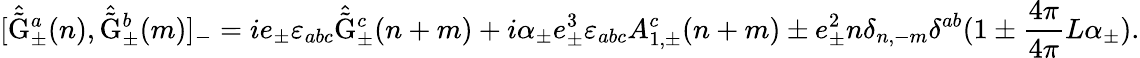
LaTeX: [\hat{\tilde{\mathrm{G}}}_{\pm}^{a}(n),\hat{\tilde{\mathrm{G}}}_{\pm}^{b}(m)]_{-}=ie_{\pm}\varepsilon_{abc}\hat{\tilde{\mathrm{G}}}_{\pm}^{c}(n+m)+i{\alpha}_{\pm}e_{\pm}^{3}\varepsilon_{abc}A_{1,\pm}^{c}(n+m)\pm e_{\pm}^{2}n\delta_{n,-m}\delta^{ab}(1\pm\frac{4\pi}{4\pi}{L}\alpha_{\pm}).